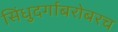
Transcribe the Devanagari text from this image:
सिंधुदर्गाबरोबरच